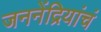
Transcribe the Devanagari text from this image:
जननेंद्रियांचं